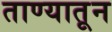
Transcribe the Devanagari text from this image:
ताण्यातून